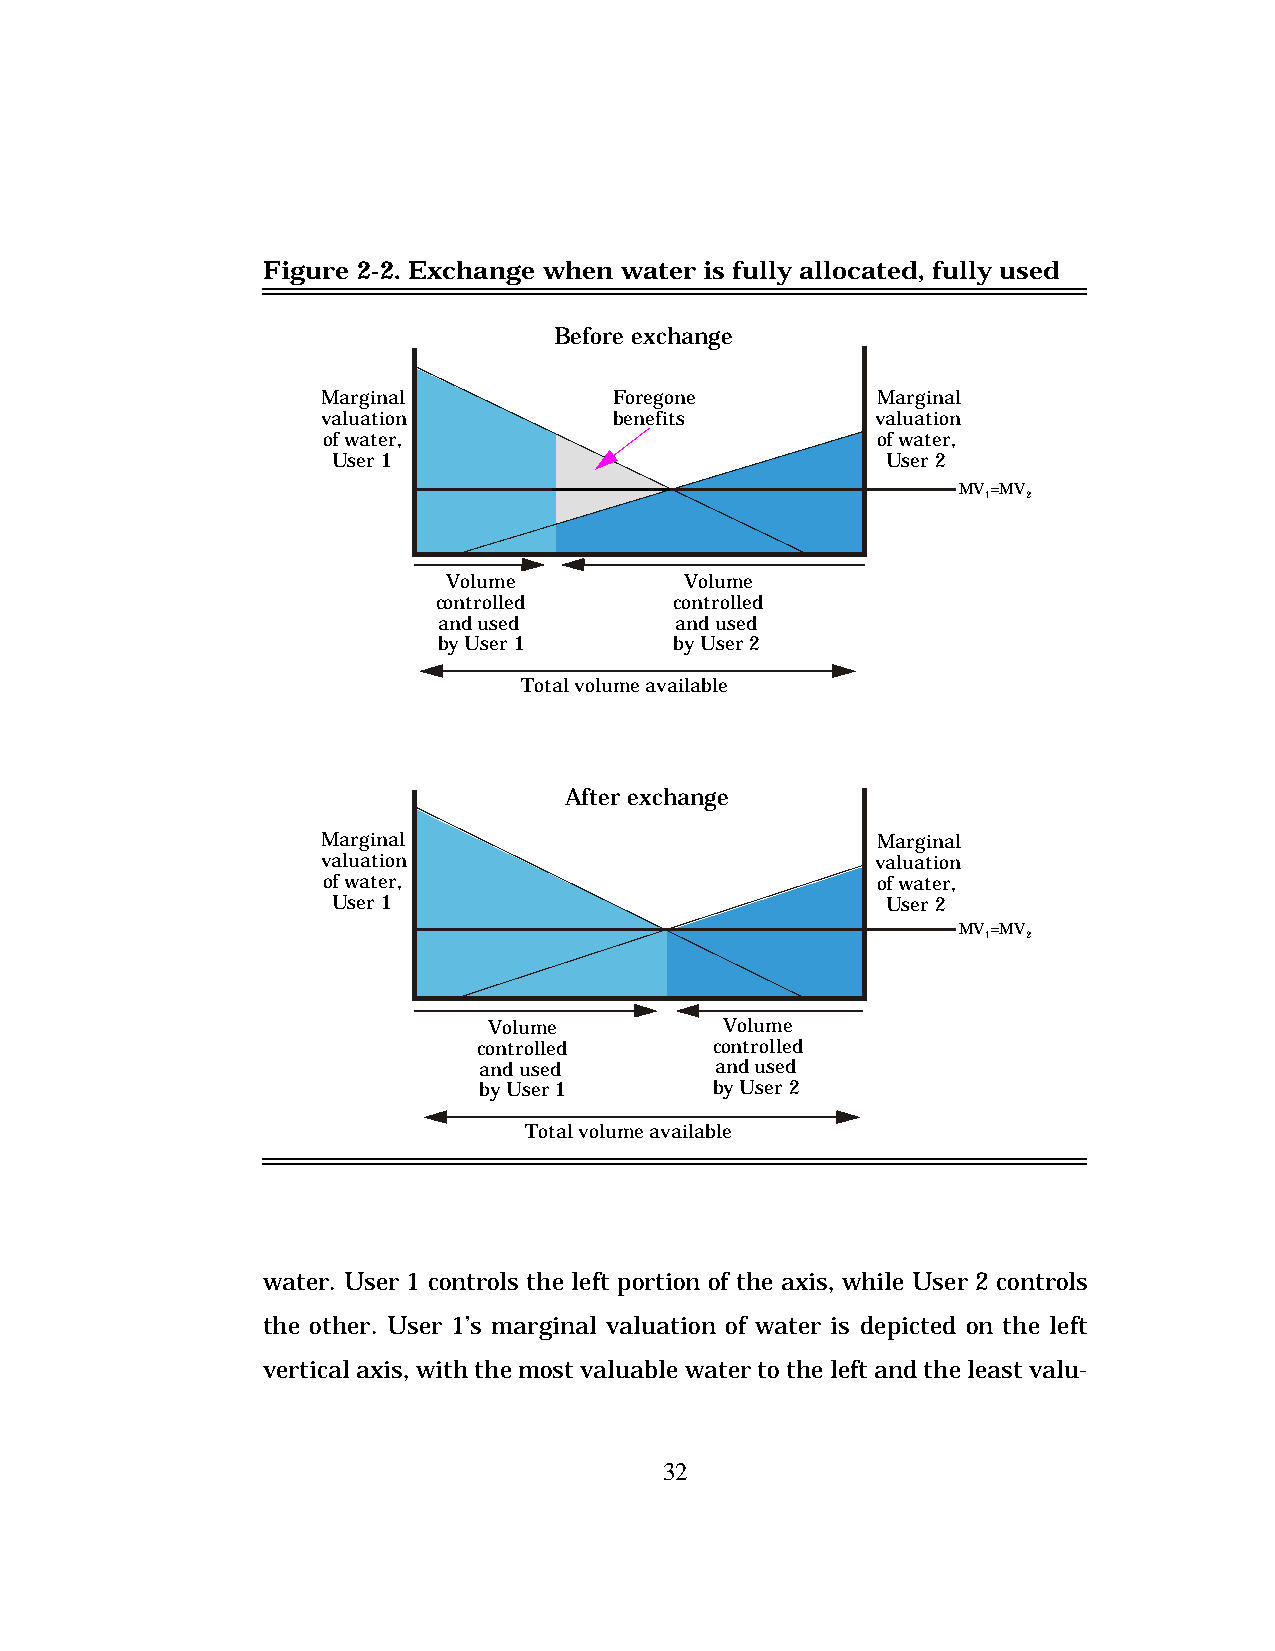
Figure 2-2. Exchange when water is fully allocated, fully used
 Before exchange
 Marginal            Foregone         Marginal
 valuation           benefits         valuation
 of water,                            of water,
 User 1                               User 2
 MV=MV
 1  2
 Volume         Volume
 controlled      controlled
 and used        and used
 by User 1       by User 2
 Total volume available
 After exchange
 Marginal                             Marginal
 valuation                            valuation
 of water,                            of water,
 User 1                               User 2
 MV=MV
 1  2
 Volume          Volume
 controlled     controlled
 and used       and used
 by User 1      by User 2
 Total volume available
 water. User 1 controls the left portion of the axis, while User 2 controls
 the other. User 1’s marginal valuation of water is depicted on the left
 vertical axis, with the most valuable water to the left and the least valu-
 32